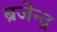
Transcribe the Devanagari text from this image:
ब्रजेन्‍द्र